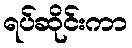
ရပ်ဆိုင်းကာ